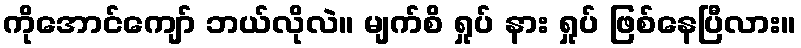
ကိုအောင်ကျော် ဘယ်လိုလဲ။ မျက်စိ ရှုပ် နား ရှုပ် ဖြစ်နေပြီလား။